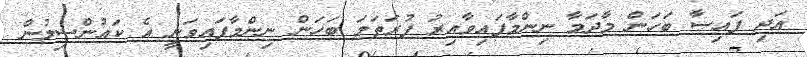
އަދި ފައިސާ ބަހަން މާދަމާ ނިންމާފައިވާއިރު ފުރަތަމަ ބަހަން ނިންމާފައިވަނީ އެ ކައުންސިލުން